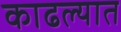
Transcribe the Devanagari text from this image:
काढल्यात